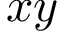
x y